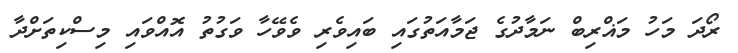
ރޯދަ މަހު މަޣްރިބް ނަމާދުގެ ޖަމާއަތުގައި ބައިވެރި ވެވޭހާ ވަގުތު އޮއްވައި މިސްކިތަށްދާ